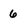
Character: 6